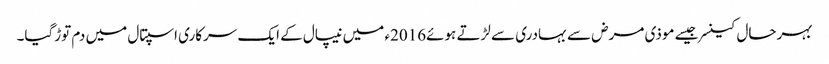
بہرحال کینسرجیسے موذی مرض سے بہادری سے لڑتے ہوئے2016ء میں نیپال کے ایک سرکاری اسپتال میں دم توڑگیا۔